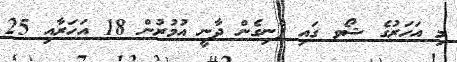
މި އަހަރުގެ ޝޯވ ގައި ފެނިގެން ދާނީ އުމުރުން 18 އަހަރާއި 25